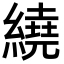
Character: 繞